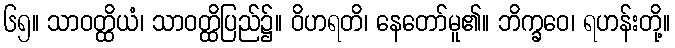
၆၅။ သာဝတ္ထိယံ၊ သာဝတ္ထိပြည်၌။ ဝိဟရတိ၊ နေတော်မူ၏။ ဘိက္ခဝေ၊ ရဟန်းတို့။